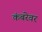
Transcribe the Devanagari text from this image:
कंबरेवर